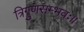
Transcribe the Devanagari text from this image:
त्रिगुणसम्भवः॥